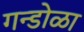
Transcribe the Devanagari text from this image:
गन्डोळा